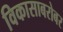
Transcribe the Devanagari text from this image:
विकासाबरोबर